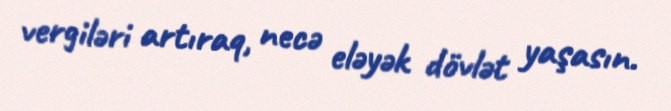
vergiləri artıraq, necə eləyək dövlət yaşasın.